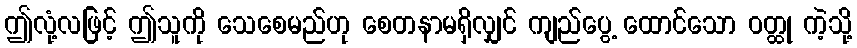
ဤလုံ့လဖြင့် ဤသူကို သေစေမည်ဟု စေတနာမရှိလျှင် ကျည်ပွေ့ ထောင်သော ဝတ္ထု ကဲ့သို့